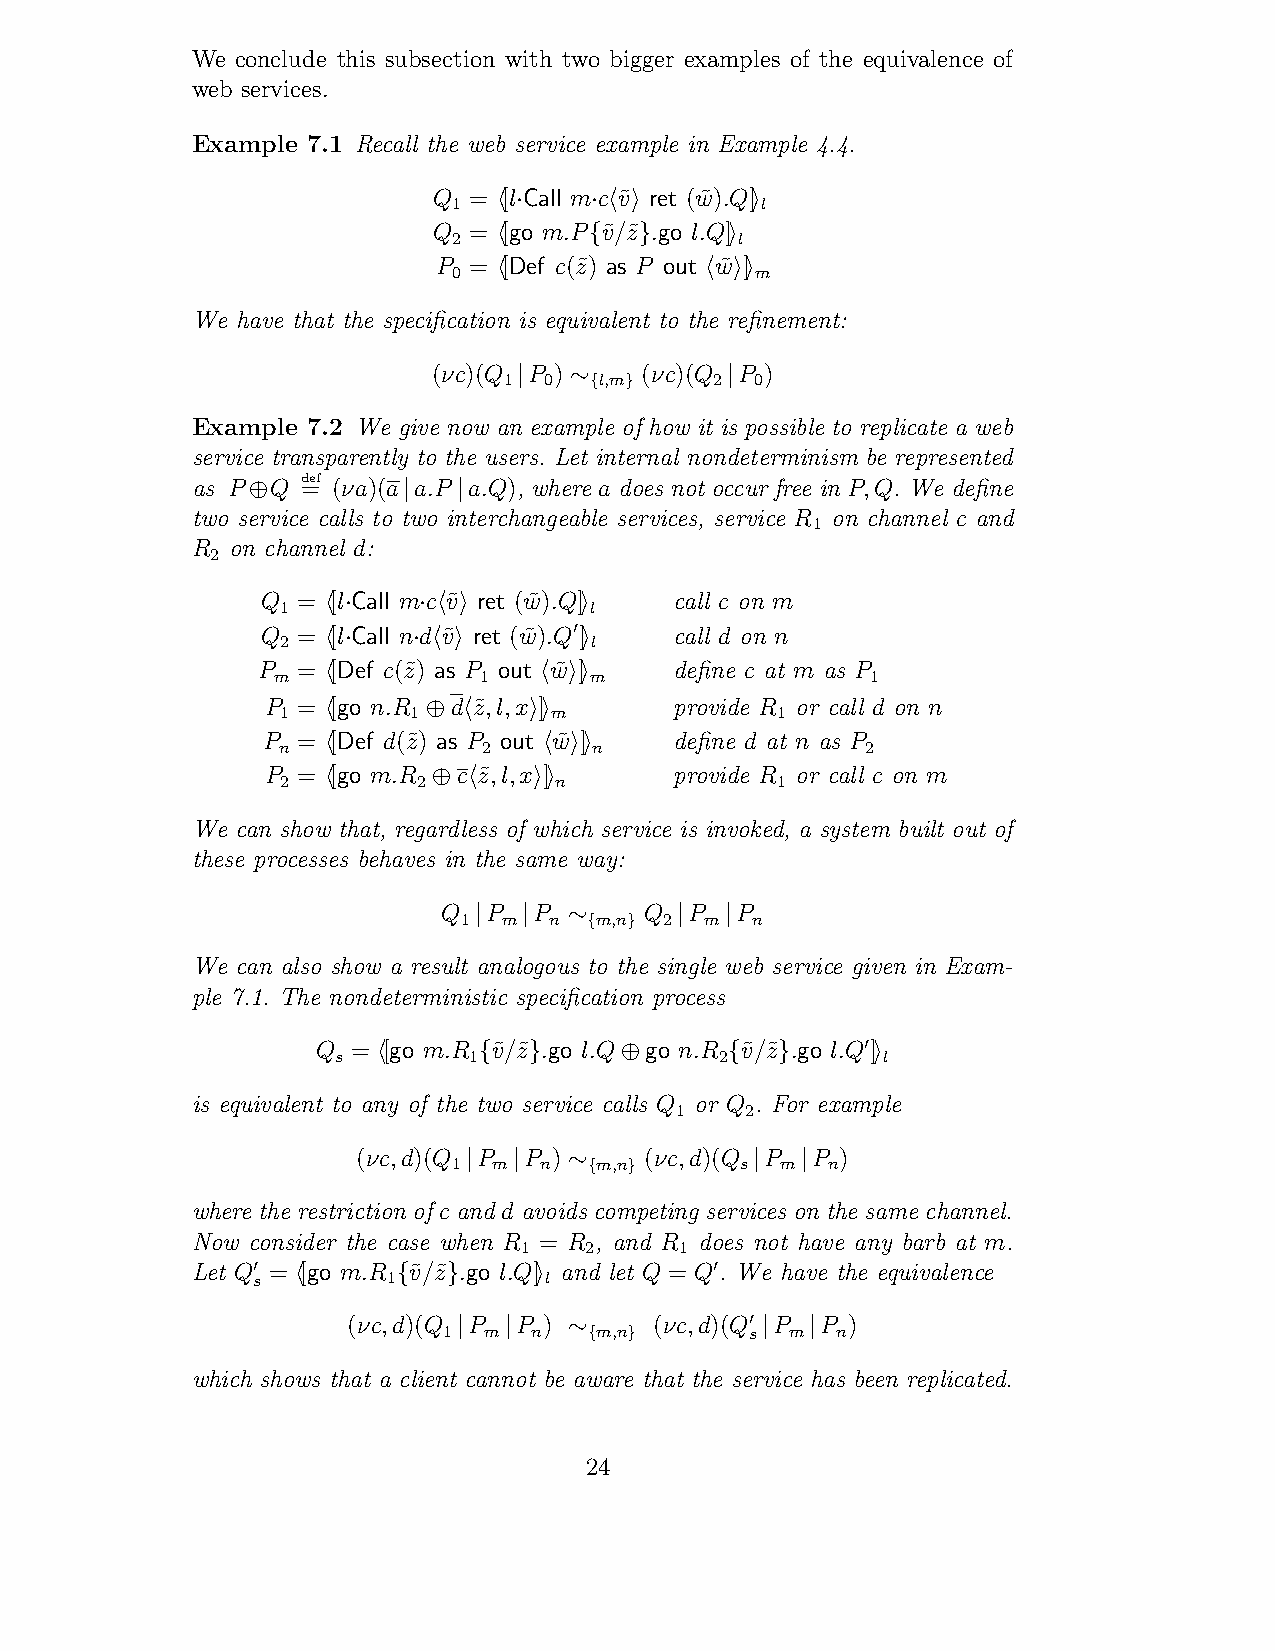
We conclude this subsection with two bigger examples of the equivalence of
 web services.
 Example 7.1 Recall the web service example in Example 4.4.
 Q = [l Call mc v˜ ret (w˜).Q]
 1                   l
 ! ·   · ! "      "
 Q = [go m.P v˜/z˜ .go l.Q]
 2                  l
 !     {  }     "
 P = [Def c(z˜) as P out w˜ ]
 0                   m
 !             ! ""
 We have that the specification is equivalent to the refinement:
 (νc)(Q P )   (νc)(Q P )
 1  0   l,m    2  0
 |   ∼{ }      |
 Example 7.2 We give now an example of how it is possible to replicate a web
 service transparently to the users. Let internal nondeterminism be represented
 as P Q d=ef (νa)(a a.P a.Q), where a does not occur free in P,Q. We define
 ⊕          |  |
 two service calls to two interchangeable services, service R on channel c and
 1
 R on channel d:
 2
 Q  = [l Call mc v˜ ret (w˜).Q] call c on m
 1                   l
 ! ·   · ! "     "
 Q  = [l Call nd v˜ ret (w˜).Q] call d on n
 2                  ! l
 ! ·  · ! "      "
 P  = [Def c(z˜) as P out w˜ ] define c at m as P
 m             1      m                  1
 !             ! ""
 P = [go n.R d z˜,l,x ]     provide R or call d on n
 1       1        m              1
 !     ⊕  !   ""
 P  = [Def d(z˜) as P out w˜ ] define d at n as P
 n             2      n                 2
 !             ! ""
 P = [go m.R c z˜,l,x ]     provide R or call c on m
 2        2        n             1
 !      ⊕ !   ""
 We can show that, regardless of which service is invoked, a system built out of
 these processes behaves in the same way:
 Q  P  P       Q  P  P
 1 m  n  m,n  2  m  n
 |   |  ∼{  }  |  |
 We can also show a result analogous to the single web service given in Exam-
 ple 7.1. The nondeterministic specification process
 Q = [go m.R v˜/z˜ .go l.Q go n.R v˜/z˜ .go l.Q]
 s        1                2        ! l
 !      {  }     ⊕      {   }     "
 is equivalent to any of the two service calls Q or Q . For example
 1   2
 (νc,d)(Q P P )     (νc,d)(Q P P )
 1  m  n  m,n       s  m  n
 |  |   ∼{  }       |  |
 where the restriction of c and d avoids competing services on the same channel.
 Now consider the case when R = R , and R does not have any barb at m.
 1    2     1
 Let Q = [go m.R v˜/z˜ .go l.Q] and let Q = Q. We have the equivalence
 !s
 !
 1
 {   }
 "l          !
 (νc,d)(Q P P )      (νc,d)(Q P P )
 1
 |
 m
 |
 n  ∼{m,n
 }
 !s| m
 |
 n
 which shows that a client cannot be aware that the service has been replicated.
 24